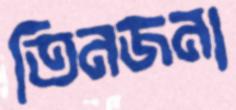
তিনজনা